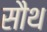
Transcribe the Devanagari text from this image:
सौथ